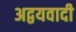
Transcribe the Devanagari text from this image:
अद्वयवादी